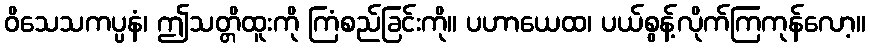
ဝိသေသကပ္ပနံ၊ ဤသတ္တိထူးကို ကြံစည်ခြင်းကို။ ပဟာယေထ၊ ပယ်စွန့်လိုက်ကြကုန်လော့။